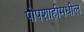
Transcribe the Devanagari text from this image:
पोपशाहीमधील